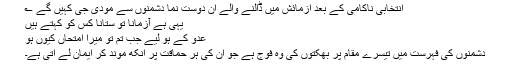
انتخابی ناکامی کے بعد آزمائش میں ڈالنے والے ان دوست نما دشمنوں سے مودی جی کہیں گے ؎
یہی ہے آزمانا تو ستانا کس کو کہتے ہیں
عدو کے ہو لیے جب تم تو میرا امتحاں کیوں ہو
دشمنوں کی فہرست میں تیسرے مقام پر بھکتوں کی وہ فوج ہے جو ان کی ہر حماقت پر آنکھ موند کر ایمان لے آتی ہے۔